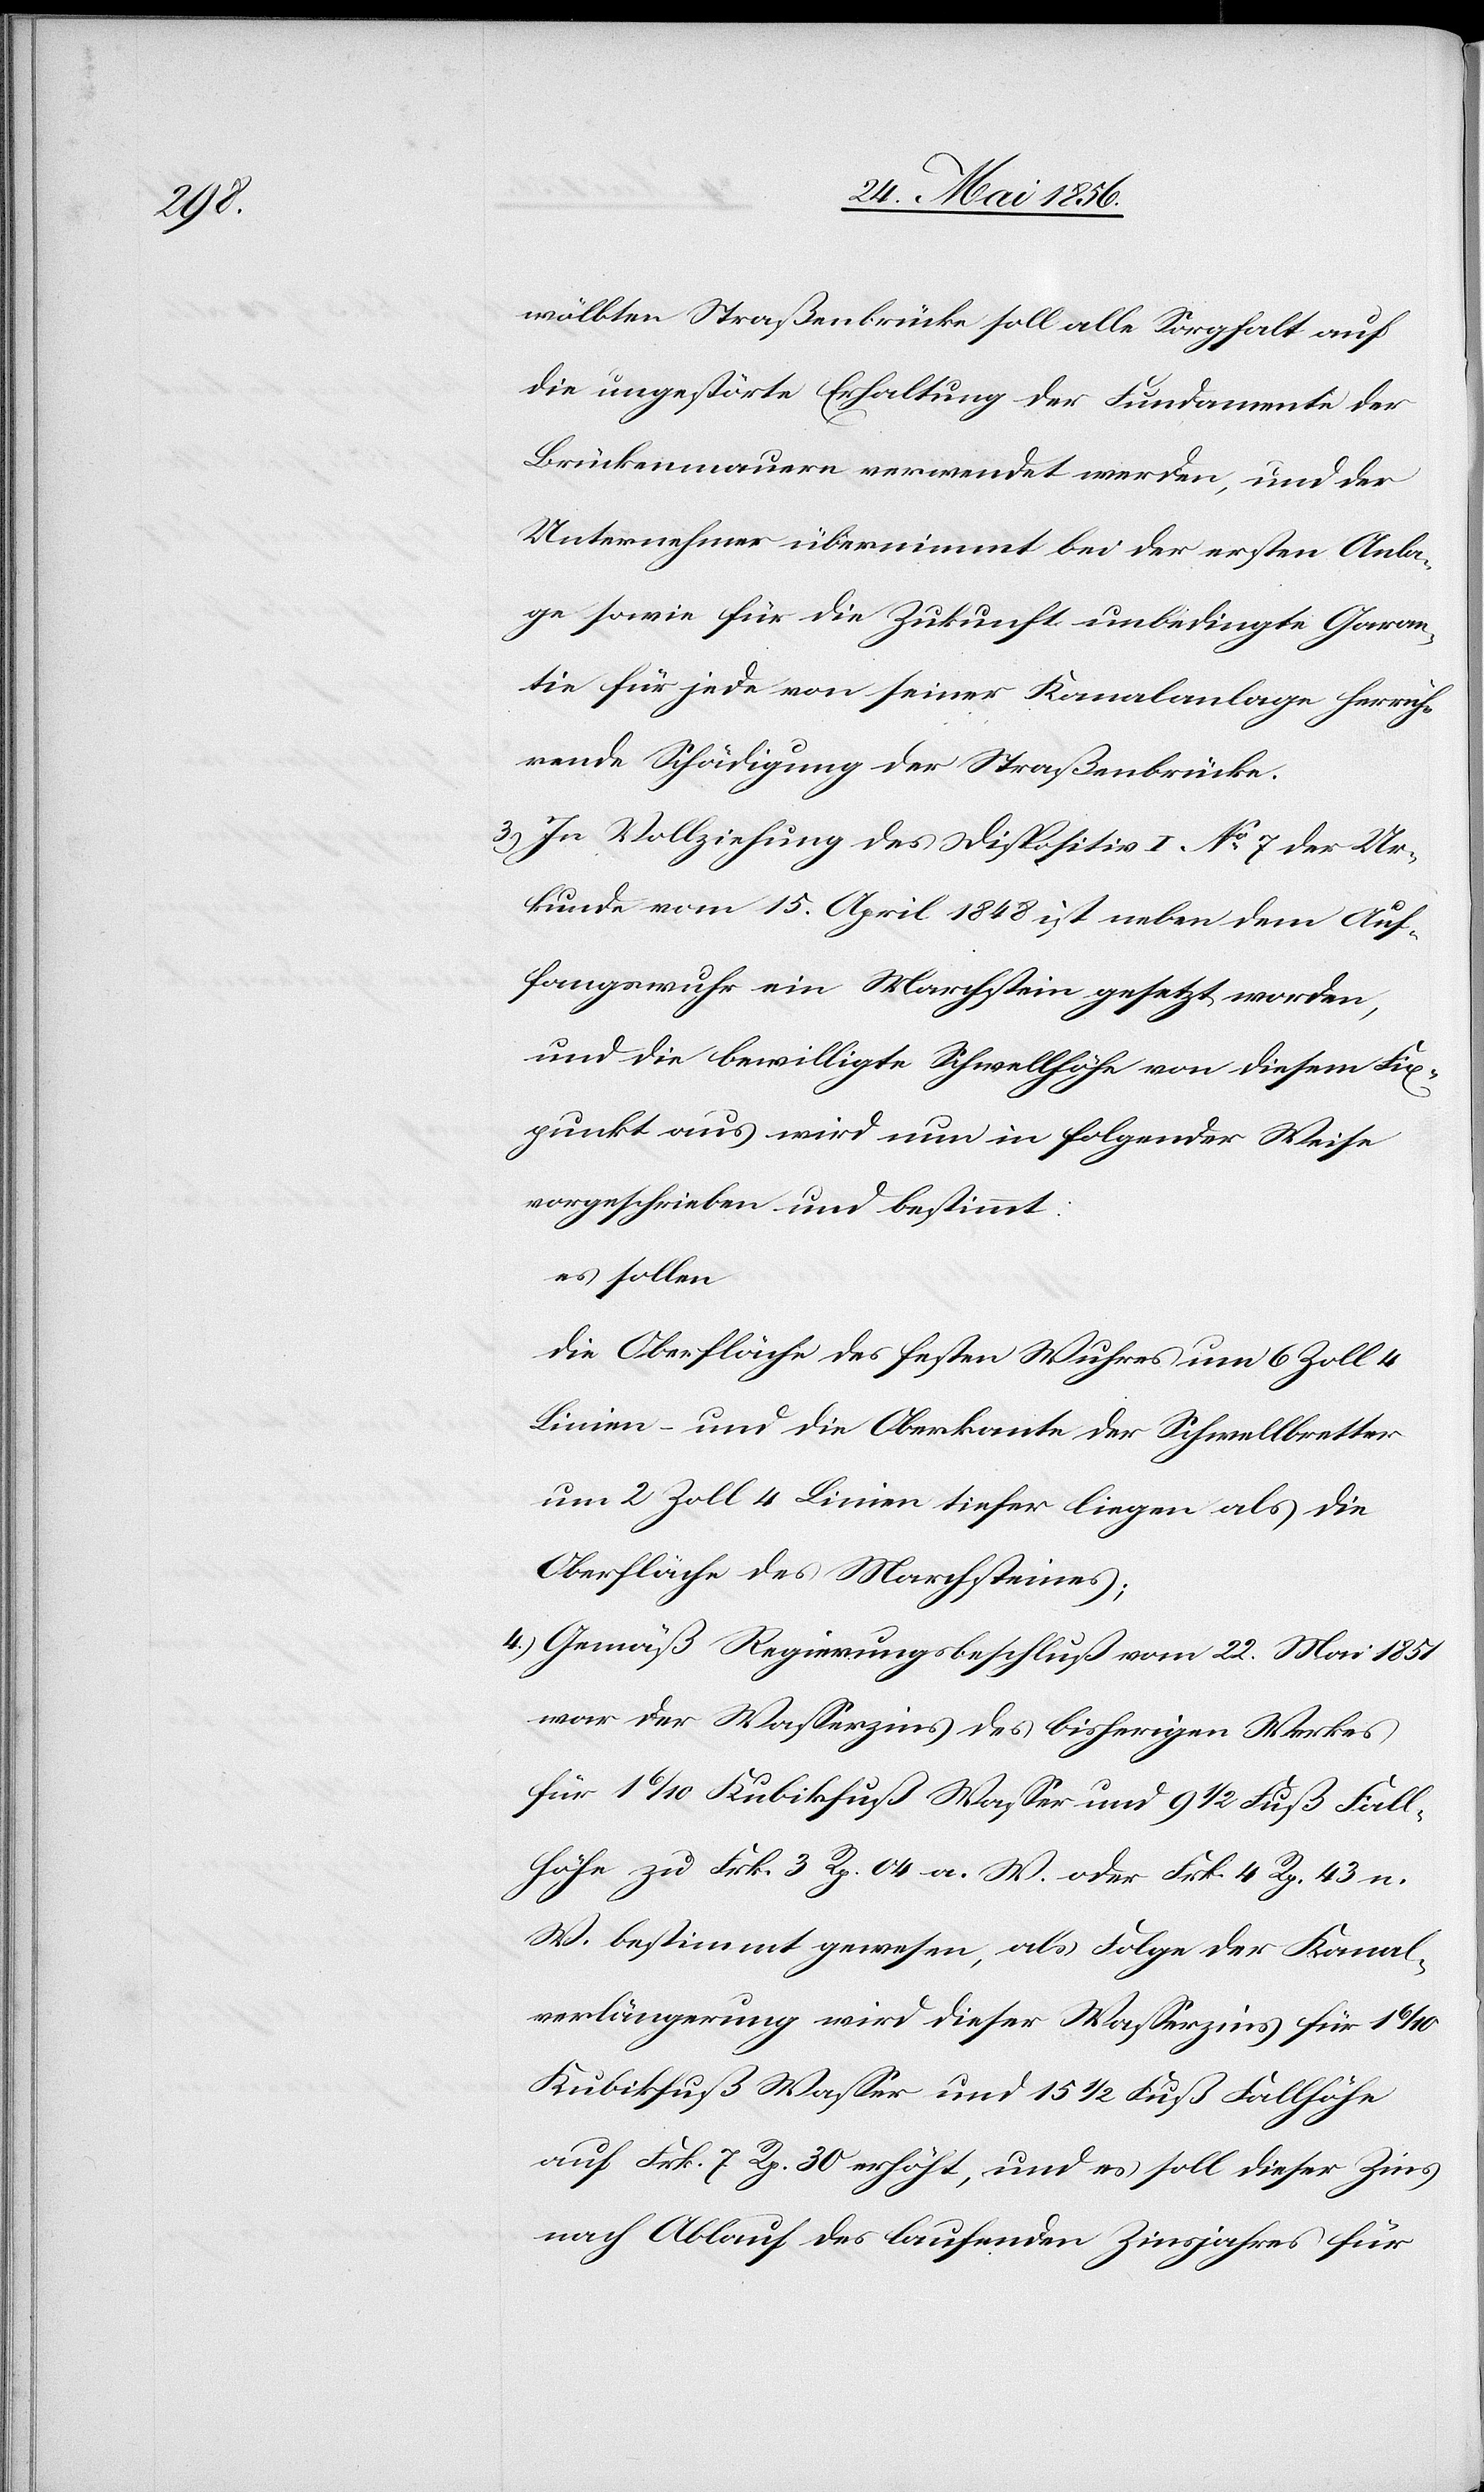
wölbten Straßenbrücke soll alle Sorgfalt auf
die ungestörte Erhaltung der Fundamente der
Brückenmauern verwendet werden, und der
Unternehmer übernimmt bei der ersten Anla¬
ge sowie für die Zukunft unbedingte Garan¬
tie für jede von seiner Kanalanlage herrüh¬
rende Schädigung der Straßenbrücke.
3.) In Vollziehung des Dispositiv I No 7 der Ur¬
kunde vom 15. April 1848 ist neben dem Auf¬
fangswuhr eine Marchstein gesetzt worden,
und die bewilligte Schwellhöhe von diesem Fix¬
punkt aus wird nun in folgender Weise
vorgeschrieben und bestimmt:
es sollen
die Oberfläche des festen Wuhres um 6 Zoll 4
Linien – und die Oberkante der Schwellbretter
um 2 Zoll 4 Linien tiefer liegen als die
Oberfläche des Marchsteines;
4.) Gemäß Regierungsbeschluß vom 22. Mai 1851
war der Wasserzins des bisherigen Werkes
für 1 6/10 Kubikfuß Wasser und 9 ½ Fuß Fall¬
höhe zu Frk. 3 Rp. 04 a. W. oder Frk. 4 Rp. 43 n.
W. bestimmt gewesen, als Folge der Kanal¬
verlängerung wird dieser Wasserzins für 1
Kubikfuß Wasser und 15 ½ Fuß Fallhöhe
auf Frk. 7 Rp. 30 erhöht, und es soll dieser Zins
nach Ablauf des laufenden Zinsjahres für